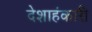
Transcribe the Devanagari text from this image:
देशाहंकारी